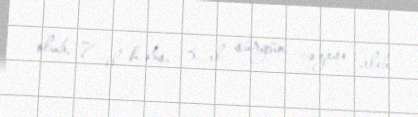
olub, 7 il həbs, 3 il sürgün cəzası alıb.